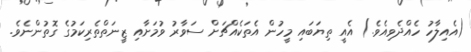
(އެއިލާހު ހެއްދެވިއެވެ.) އެއީ ތިޔަބައި މީހުން އެތަކެއްޗަށް ސަވާރު ވުމަށާއި ޒީނަތްތެރިކަމުގެ ގޮތުންނެވެ.